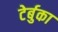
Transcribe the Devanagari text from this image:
टेर्बुका